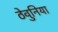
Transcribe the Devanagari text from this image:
ठेवुनिया